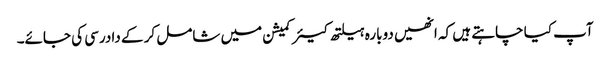
آپ کیا چاہتے ہیں کہ انھیں دوبارہ ہیلتھ کیئر کمیشن میں شامل کر کے دادرسی کی جائے۔